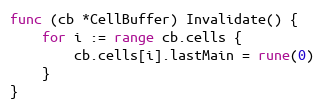
Language: Go
func (cb *CellBuffer) Invalidate() {
	for i := range cb.cells {
		cb.cells[i].lastMain = rune(0)
	}
}